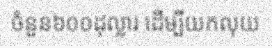
ចំនួន៦០០ដុល្លារ ដើម្បីយកលុយ